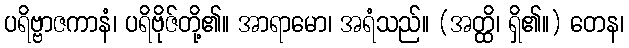
ပရိဗ္ဗာဇကာနံ၊ ပရိဗိုဇ်တို့၏။ အာရာမော၊ အရံသည်။ (အတ္ထိ၊ ရှိ၏။) တေန၊